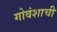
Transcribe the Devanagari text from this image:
गोवंशाची